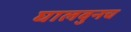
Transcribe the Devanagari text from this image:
घालवुनच